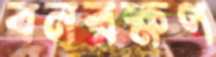
বনরক্ষণ